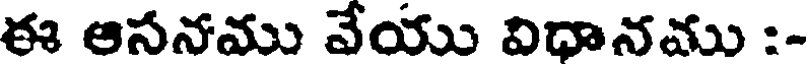
ఈ ఆసనము వేయు విధానము :-